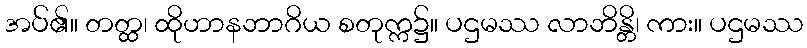
အပ်၏။ တတ္ထ၊ ထိုဟာနဘာဂိယ စတုက္က၌။ ပဌမဿ လာဘိန္တိ၊ ကား။ ပဌမဿ